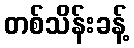
တစ်သိန်းခန့်